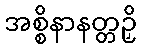
အစ္စိနာနတ္တဉှိ